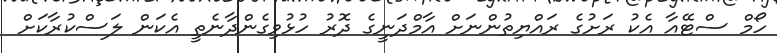
ހޯމް ސްޓޭއާ އެކު ރަށުގެ ރައްޔިތުންނަށް އާމްދަނީގެ ދޮރު ހުޅުވިގެންދާނެތީ އެކަން ލަސްކުރާކަށް